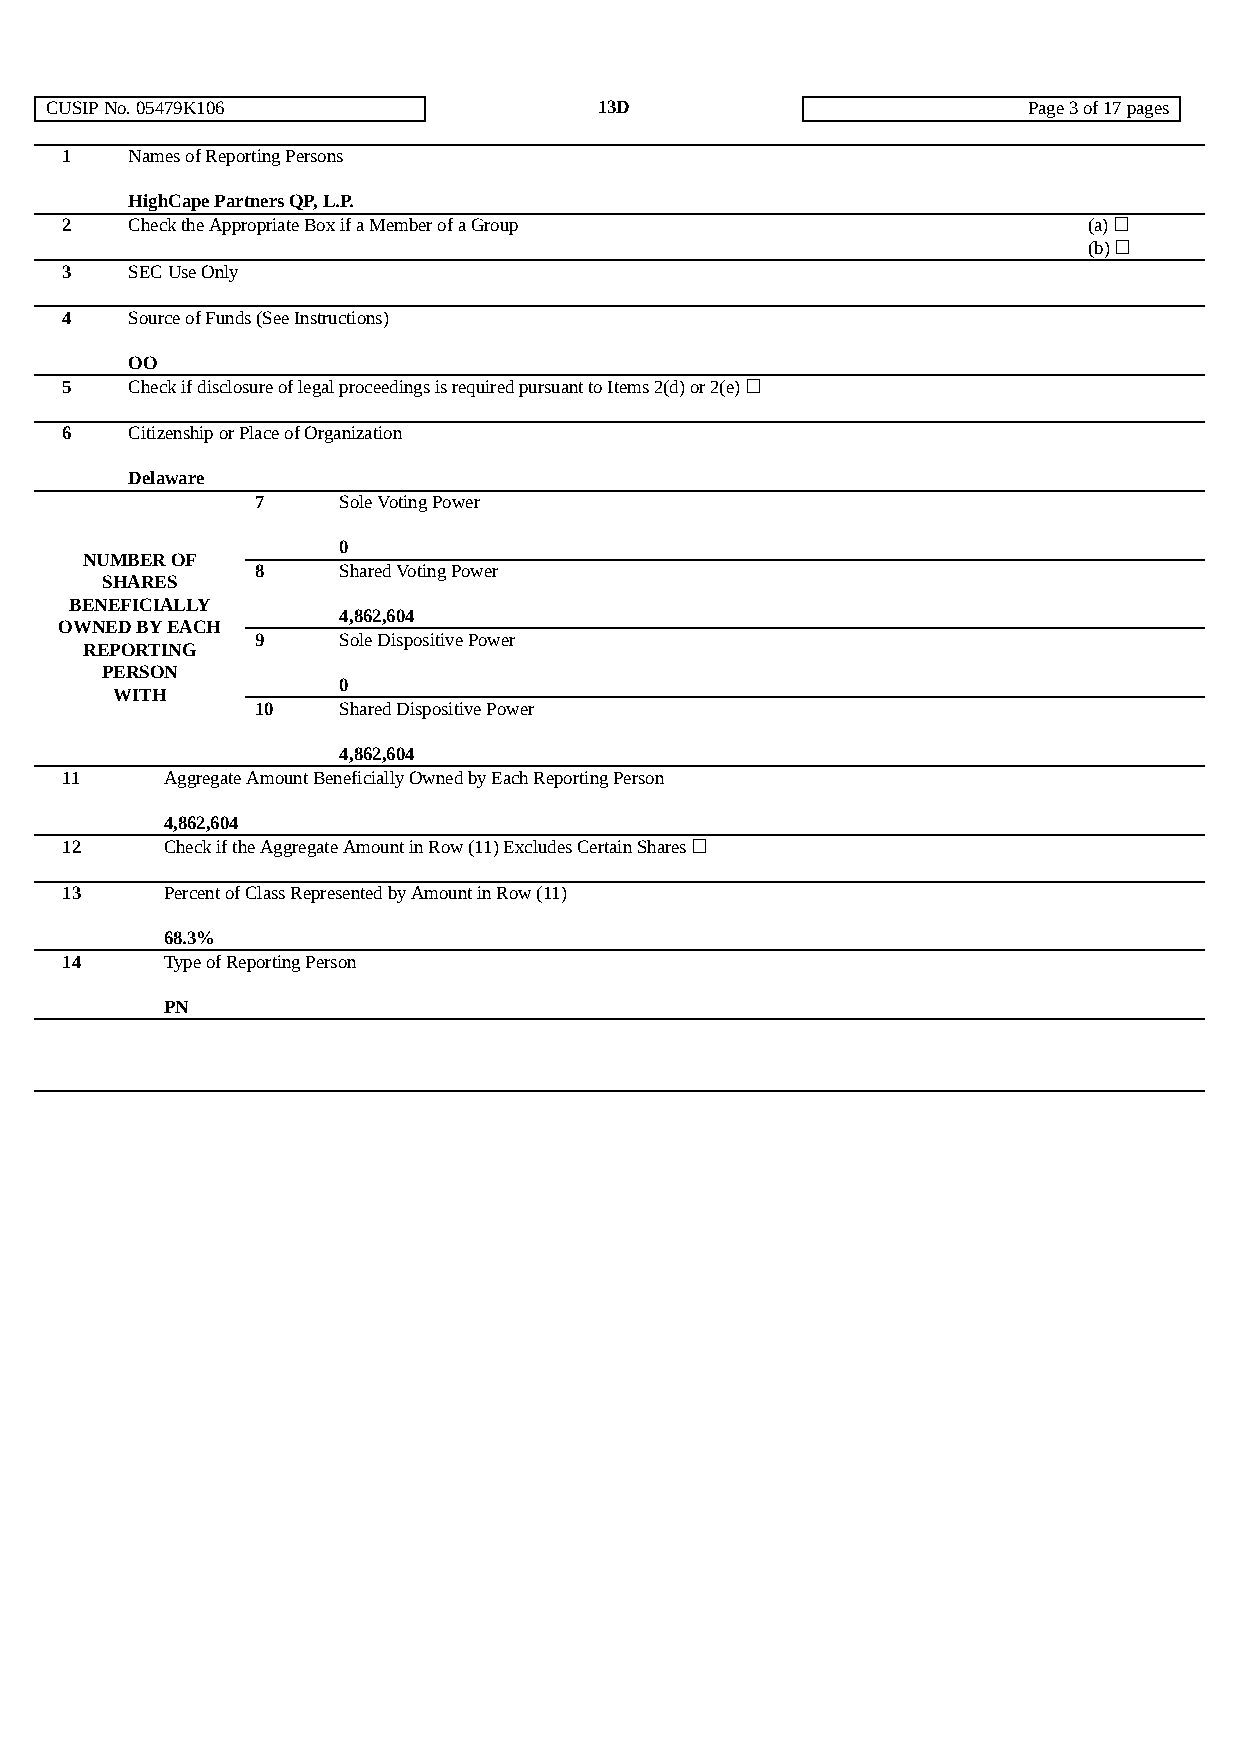
CUSIP No. 05479K106                  13D                         Page 3 of 17 pages
 1   Names of Reporting Persons
 HighCape Partners QP, L.P.
 2   Check the Appropriate Box if a Member of a Group                (a) ☐
 (b) ☐
 3   SEC Use Only
 4   Source of Funds (See Instructions)
 OO
 5   Check if disclosure of legal proceedings is required pursuant to Items 2(d) or 2(e) ☐
 6   Citizenship or Place of Organization
 Delaware
 7    Sole Voting Power
 0
 NUMBER OF
 8    Shared Voting Power
 SHARES
 BENEFICIALLY
 4,862,604
 OWNED BY EACH
 9    Sole Dispositive Power
 REPORTING
 PERSON
 0
 WITH
 10   Shared Dispositive Power
 4,862,604
 11     Aggregate Amount Beneficially Owned by Each Reporting Person
 4,862,604
 12     Check if the Aggregate Amount in Row (11) Excludes Certain Shares ☐
 13     Percent of Class Represented by Amount in Row (11)
 68.3%
 14     Type of Reporting Person
 PN